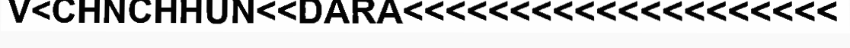
V<CHNCHHUN<<DARA<<<<<<<<<<<<<<<<<<<<